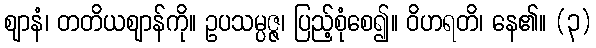
ဈာနံ၊ တတိယဈာန်ကို။ ဥပသမ္ပဇ္ဇ၊ ပြည့်စုံစေ၍။ ဝိဟရတိ၊ နေ၏။ (၃)